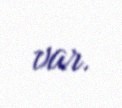
var.